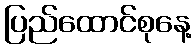
ပြည်ထောင်စုနေ့